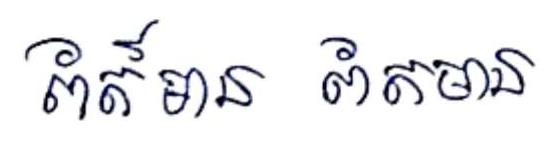
ព័ត៍មាន ព័ត៍មាន